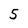
Character: 5